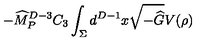
- { \widehat M } _ { P } ^ { D - 3 } C _ { 3 } \int _ { \Sigma } d ^ { D - 1 } x \sqrt { - { \widehat G } } V ( \rho )